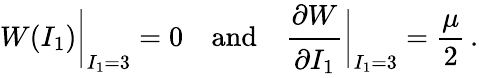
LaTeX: W(I_{1}){\biggr|}_{I_{1}=3}=0\quad{\mathrm{and}}\quad{\cfrac{\partial W}{\partial I_{1}}}{\biggr|}_{I_{1}=3}={\frac{\mu}{2}}\, .